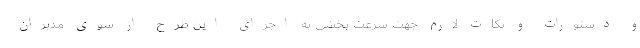
و دستورات و نکات لازم جهت سرعت بخشی به اجرای این طرح از سوی مدیران